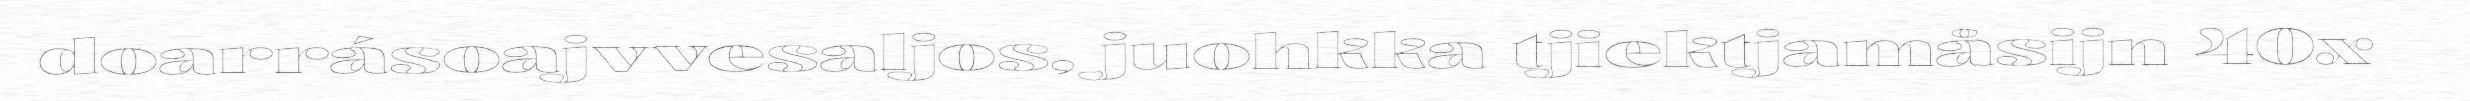
doarrásoajvvesaljos, juohkka tjiektjamåsijn 40x